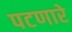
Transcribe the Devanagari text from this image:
पटणारे